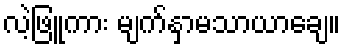
လဲ့ဖြူကား မျက်နှာမသာယာချေ။